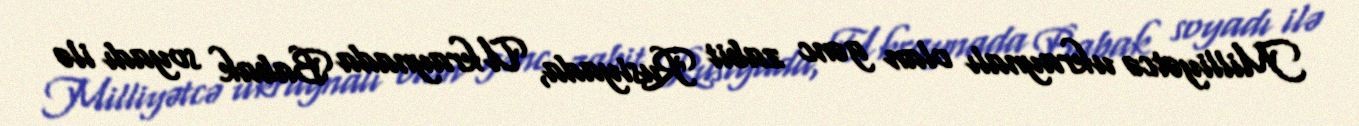
Milliyətcə ukraynalı olan gənc zabit Rusiyada, Ukraynada Babak soyadı ilə